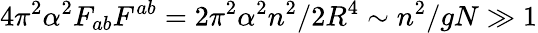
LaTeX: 4\pi^{2}\alpha^{2}F_{ab}F^{ab}=2\pi^{2}\alpha^{2}n^{2}/2R^{4}\sim n^{2}/gN\gg 1